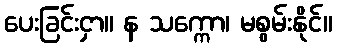
ပေးခြင်းငှာ။ န သက္ကော၊ မစွမ်းနိုင်။